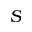
S